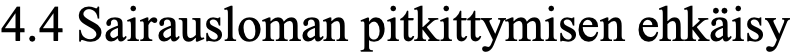
4.4 Sairausloman pitkittymisen ehkäisy